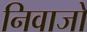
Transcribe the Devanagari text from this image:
निवाजो